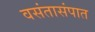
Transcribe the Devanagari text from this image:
वसंतासंपात